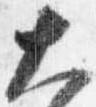
大